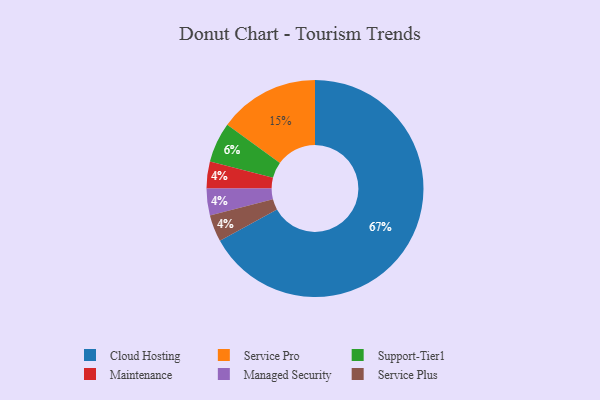
{"axis": {"x": "Category", "y": "Percentage"}, "legend": ["Cloud Hosting", "Maintenance", "Managed Security", "Service Plus", "Service Pro", "Support-Tier1"], "data": [{"x": "Maintenance", "y": 4, "type": "Maintenance"}, {"x": "Managed Security", "y": 4, "type": "Managed Security"}, {"x": "Cloud Hosting", "y": 67, "type": "Cloud Hosting"}, {"x": "Support-Tier1", "y": 6, "type": "Support-Tier1"}, {"x": "Service Plus", "y": 4, "type": "Service Plus"}, {"x": "Service Pro", "y": 15, "type": "Service Pro"}]}